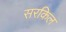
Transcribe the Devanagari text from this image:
सरकिल